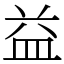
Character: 益